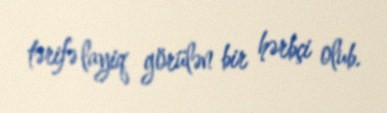
tərifə layiq görülən bir hərbçi olub.